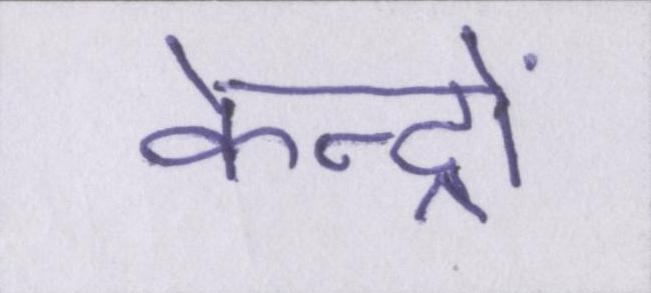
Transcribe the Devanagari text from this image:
केन्द्रों